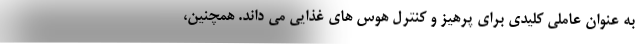
به عنوان عاملی کلیدی برای پرهیز و کنترل هوس های غذایی می داند. همچنین،